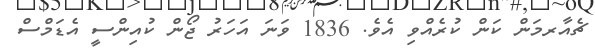
ޗެއާރމަން ކަން ކުރެއްވި އެވެ. 1836 ވަނަ އަހަރު ޖޯން ކުއިންސީ އެޑަމްސް